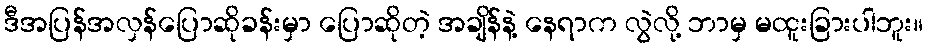
ဒီအပြန်အလှန်ပြောဆိုခန်းမှာ ပြောဆိုတဲ့ အချိန်နဲ့ နေရာက လွဲလို့ ဘာမှ မထူးခြားပါဘူး။